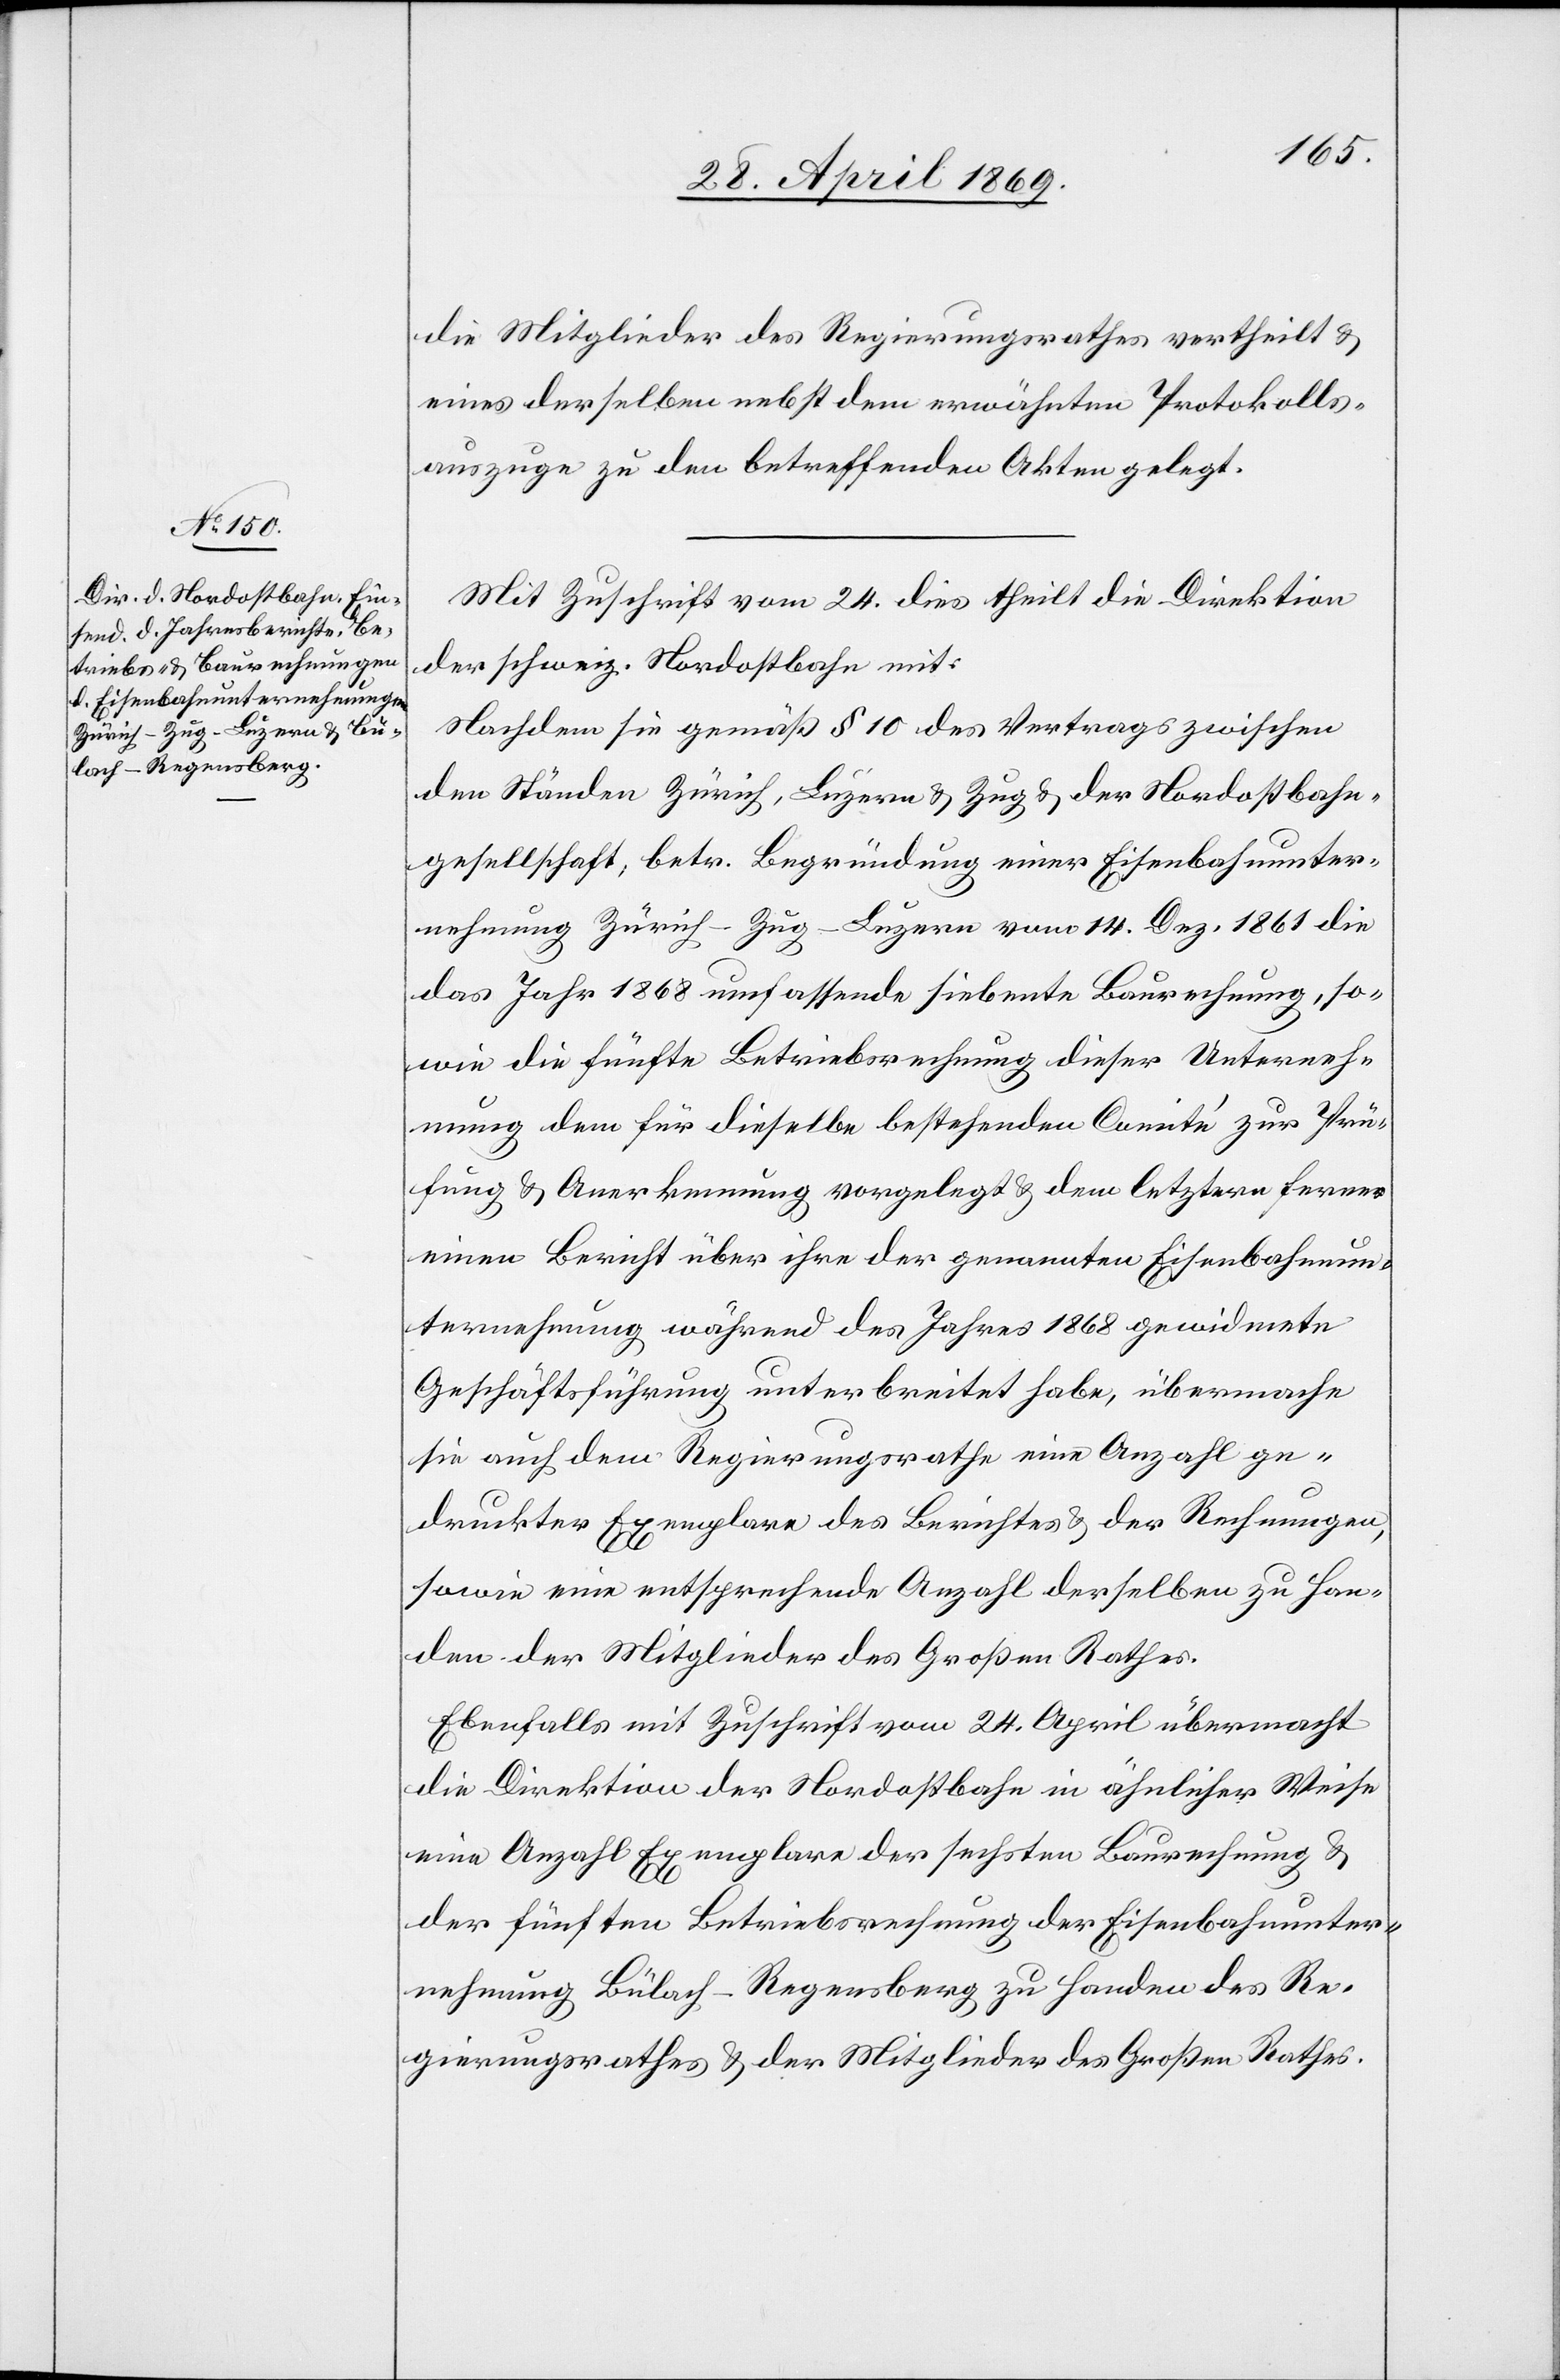
die Mitglieder des Regierungsrathes vertheilt u.
eines derselben nebst dem erwähnten Protokolls¬
auszuge zu den betreffenden Akten gelegt.
Mit Zuschrift vom 24. dies theilt die Direktion
der schweiz. Nordostbahn mit:
Nachdem sie gemäß § 10 des Vertrages zwischen
den Ständen Zürich, Luzern u. Zug u. der Nordostbahn¬
gesellschaft, betr. Begründung einer Eisenbahnunter¬
nehmung Zürich-Zug-Luzern vom 14. Dez. 1861 die
das Jahr 1868 umfassende siebente Baurechnung, so¬
wie die fünfte Betriebsrechnung dieser Unterneh¬
mung dem für dieselbe bestehenden Comité zur Prü¬
fung u. Anerkennung vorgelegt u. dem letztern ferner
einen Bericht über ihre der genannten Eisenbahnun¬
ternehmung während des Jahres 1868 gewidmete
Geschäftsführung unterbreitet habe, übermache
sie auch dem Regierungsrathe eine Anzahl ge¬
druckter Exemplare des Berichtes u. der Rechnungen,
sowie eine entsprechende Anzahl derselben zu Han¬
den der Mitglieder des Großen Rathes.
Ebenfalls mit Zuschrift vom 24. April übermacht
die Direktion der Nordostbahn in ähnlicher Weise
eine Anzahl Exemplare der sechsten Baurechnung u.
der fünften Betriebsrechnung der Eisenbahnunter¬
nehmung Bülach-Regensberg zu Handen des Re¬
gierungsrathes u. der Mitglieder des Großen Rathes.